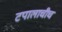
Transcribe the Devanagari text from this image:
टपालाचीच